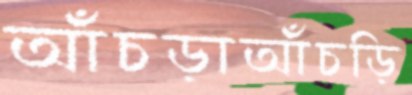
আঁচড়াআঁচড়ি